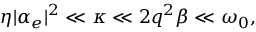
\eta | \alpha _ { e } | ^ { 2 } \ll \kappa \ll 2 q ^ { 2 } \beta \ll \omega _ { 0 } ,